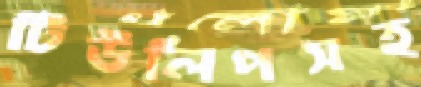
টিউলিপসহ